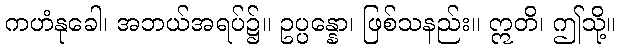
ကဟံနုခေါ၊ အဘယ်အရပ်၌။ ဥပ္ပန္နော၊ ဖြစ်သနည်း။ ဣတိ၊ ဤသို့။